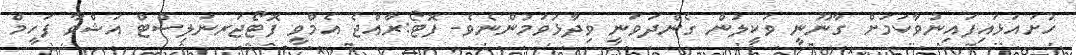
ހުށައަޅައިފައިނުވާކަމަށް ގާނޫނީ ވަކީލުން ގެންދަވަނީ ވިދާޅުވަމުންނެވެ- ފޮޓޯ:ރާއްޖެ އެމްވީ ފޮޓޯޖަރނަލިސްޓް އަޝްވާ ފަހީމް